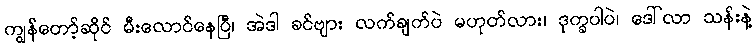
ကျွန်တော့်ဆိုင် မီးလောင်နေပြီ၊ အဲဒါ ခင်ဗျား လက်ချက်ပဲ မဟုတ်လား၊ ဒုက္ခပါပဲ၊ ဒေါ်လာ သန်းနဲ့